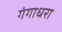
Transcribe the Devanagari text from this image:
गंगाधरा